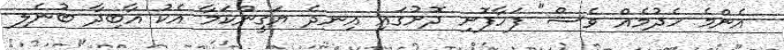
އެންމެ ހެދުމެއް ވެސް" ފަހާފޮށި ދޮށުގައި އިނދެ ޔަގީންކަމާ އެކު އާބިދާ ބުނެލި